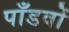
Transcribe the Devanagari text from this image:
पाँडवों